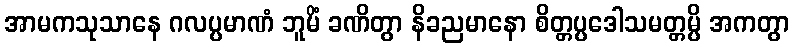
အာမကသုသာနေ ဂလပ္ပမာဏံ ဘူမိံ ခဏိတွာ နိခညမာနော စိတ္တပ္ပဒေါသမတ္တမ္ပိ အကတွာ